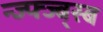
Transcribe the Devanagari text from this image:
न्ज्फ्ज्ब्स्ब